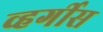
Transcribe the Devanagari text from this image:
व्हर्गीस